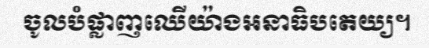
ចូលបំផ្លាញឈើយ៉ាងអនាធិបតេយ្យ។